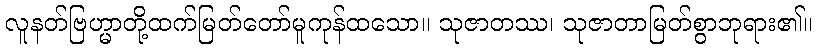
လူနတ်ဗြဟ္မာတို့ထက်မြတ်တော်မူကုန်ထသော။ သုဇာတဿ၊ သုဇာတာမြတ်စွာဘုရား၏။